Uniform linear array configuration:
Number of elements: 12
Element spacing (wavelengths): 0.5
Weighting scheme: uniform
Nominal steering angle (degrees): -30
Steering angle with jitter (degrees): -28.971
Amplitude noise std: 0.05
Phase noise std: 0.05

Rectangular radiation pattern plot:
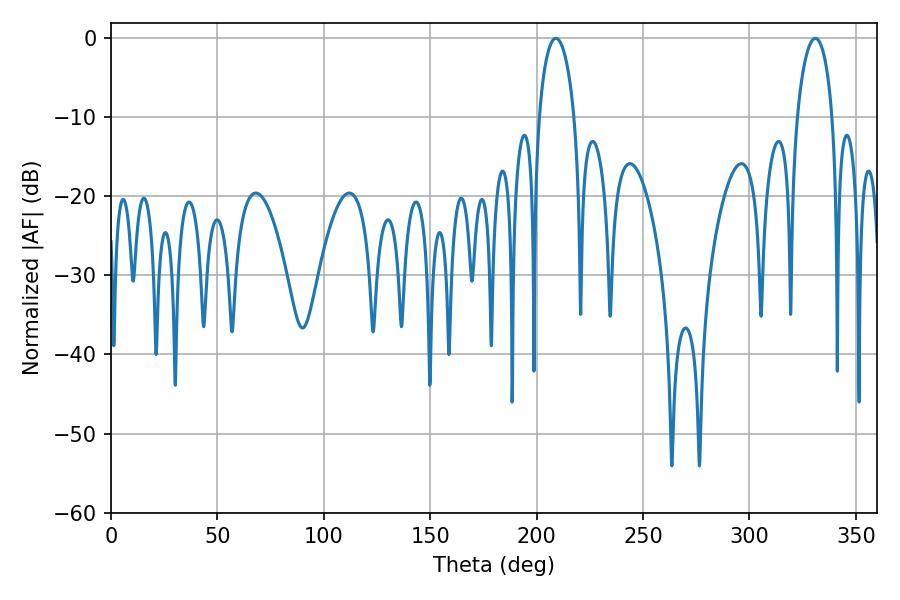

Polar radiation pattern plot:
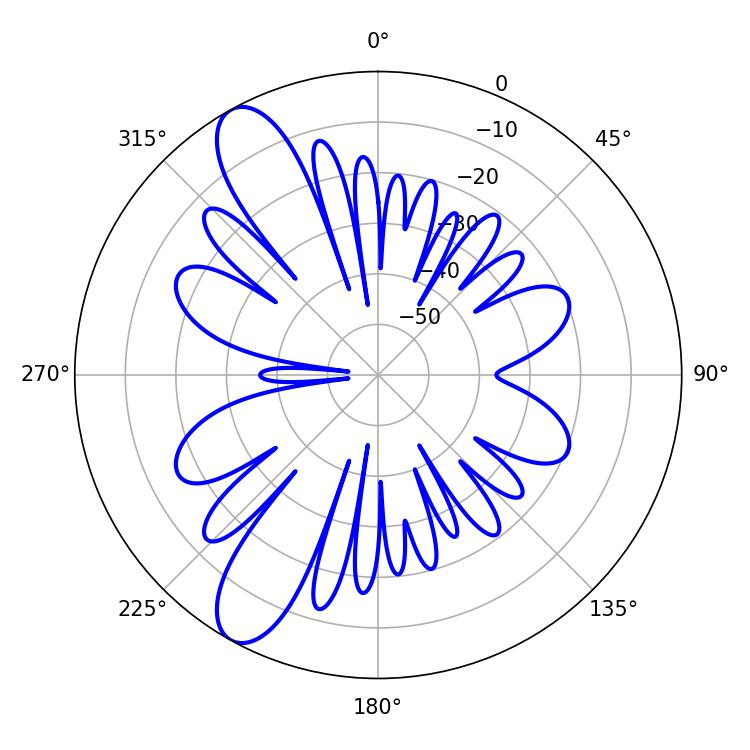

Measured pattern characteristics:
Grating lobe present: FALSE
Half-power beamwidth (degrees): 9.36
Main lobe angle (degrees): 208.98